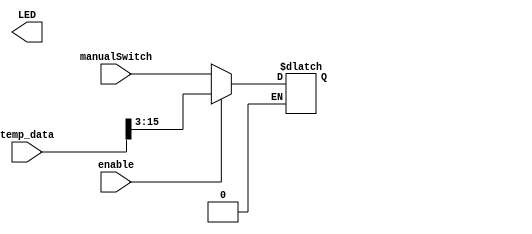
`timescale 1ns / 1ps
//////////////////////////////////////////////////////////////////////////////////
// Company: 
// Engineer: 
// 
// Design Name: 
// Module Name: LEDs
// Project Name: 
// Target Devices: 
// Tool Versions: 
// Description: 
// 
// Dependencies: 
// 
// Revision:
// Revision 0.01 - File Created
// Additional Comments:
// 
//////////////////////////////////////////////////////////////////////////////////


module LEDs(
    input enable,
    input [12:0]manualSwitch,
    input [15:0] temp_data,
    output reg[15:0]LED );
    
    always@(*)
    begin
    if(enable)
         LED[15:3] = temp_data[15:3];
    else if(enable == 0)
         LED[15:3] = manualSwitch[12:0];
    end
endmodule